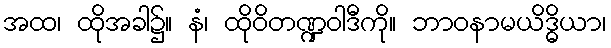
အထ၊ ထိုအခါ၌။ နံ၊ ထိုဝိတဏ္ဍဝါဒီကို။ ဘာဝနာမယိဒ္ဓိယာ၊